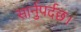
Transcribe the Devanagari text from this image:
सार्नुपर्दछ।